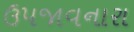
ઉપજાવનારા